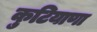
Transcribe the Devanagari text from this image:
कुटियाणा